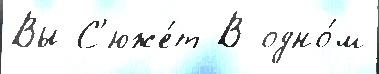
Вы С'юже́т В одно́м